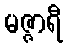
မဇ္ဇာရီ